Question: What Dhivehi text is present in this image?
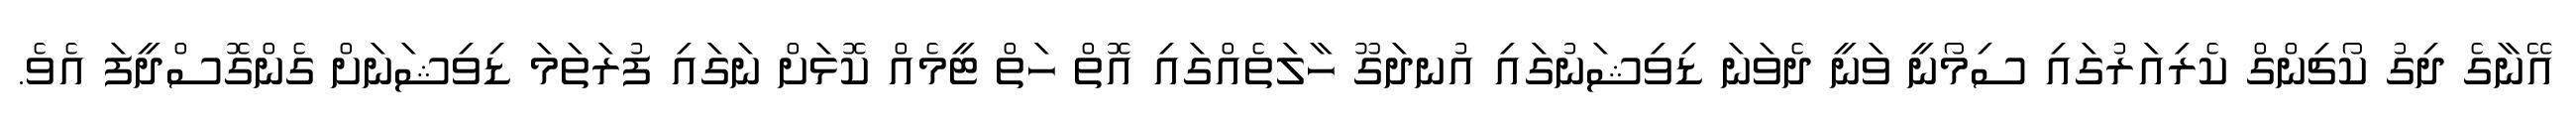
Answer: އޭނާގެ ދިގު ކޯޗިންގް ކެރިއަރުގައި ސިމޯނީ ވަނީ ދެވަނަ ޑިވިޝަނުގައި އުނދަގޫ ހާލަތެއްގައި އޮތް ހަތް ޓީމެއް ކޮޅަށް ނަގައި ފުރަތަމަ ޑިވިޝަނަށް ގެންގޮސްދީފަ އެވެ.